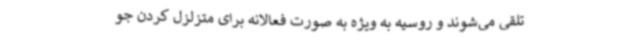
تلقی می‌شوند و روسیه به ویژه به صورت فعالانه برای متزلزل کردن جو